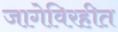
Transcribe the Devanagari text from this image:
जागेविरहीत